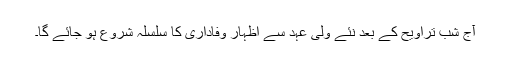
آج شب تراویح کے بعد نئے ولی عہد سے اظہار وفاداری کا سلسلہ شروع ہو جائے گا۔